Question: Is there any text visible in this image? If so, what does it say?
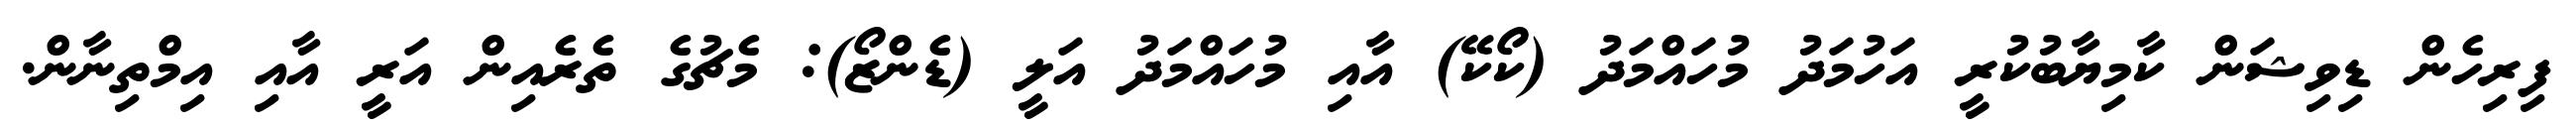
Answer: ފިރިހެން ޑިވިޝަން ކާމިޔާބުކުރީ އަހުމަދު މުހައްމަދު (ކޯކޭ) އާއި މުހައްމަދު އަލީ (ޑެންޒޯ): މެޗުގެ ތެރެއިން އަރީ އާއި އިމްތިނާން.